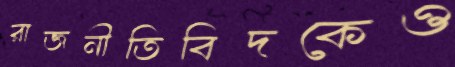
রাজনীতিবিদকেও